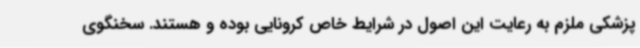
پزشکی ملزم به رعایت این اصول در شرایط خاص کرونایی بوده و هستند. سخنگوی